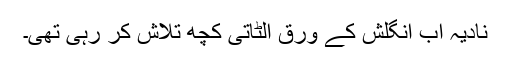
نادیہ اب انگلش کے ورق الٹاتی کچھ تلاش کر رہی تھی۔